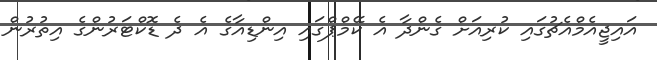
އައިޖީއެމްއެޗުގައި ކުރިއަށް ގެންދާ އެ ކޭމްޕްގައި އިންޑިއާގެ އެ ދެ ޑޮކްޓަރުންގެ އިތުރުން